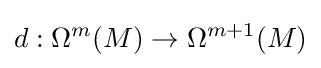
d:\Omega ^{m}(M)\to \Omega ^{m+1}(M)